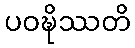
ပဝဍ္ဎိဿတိ